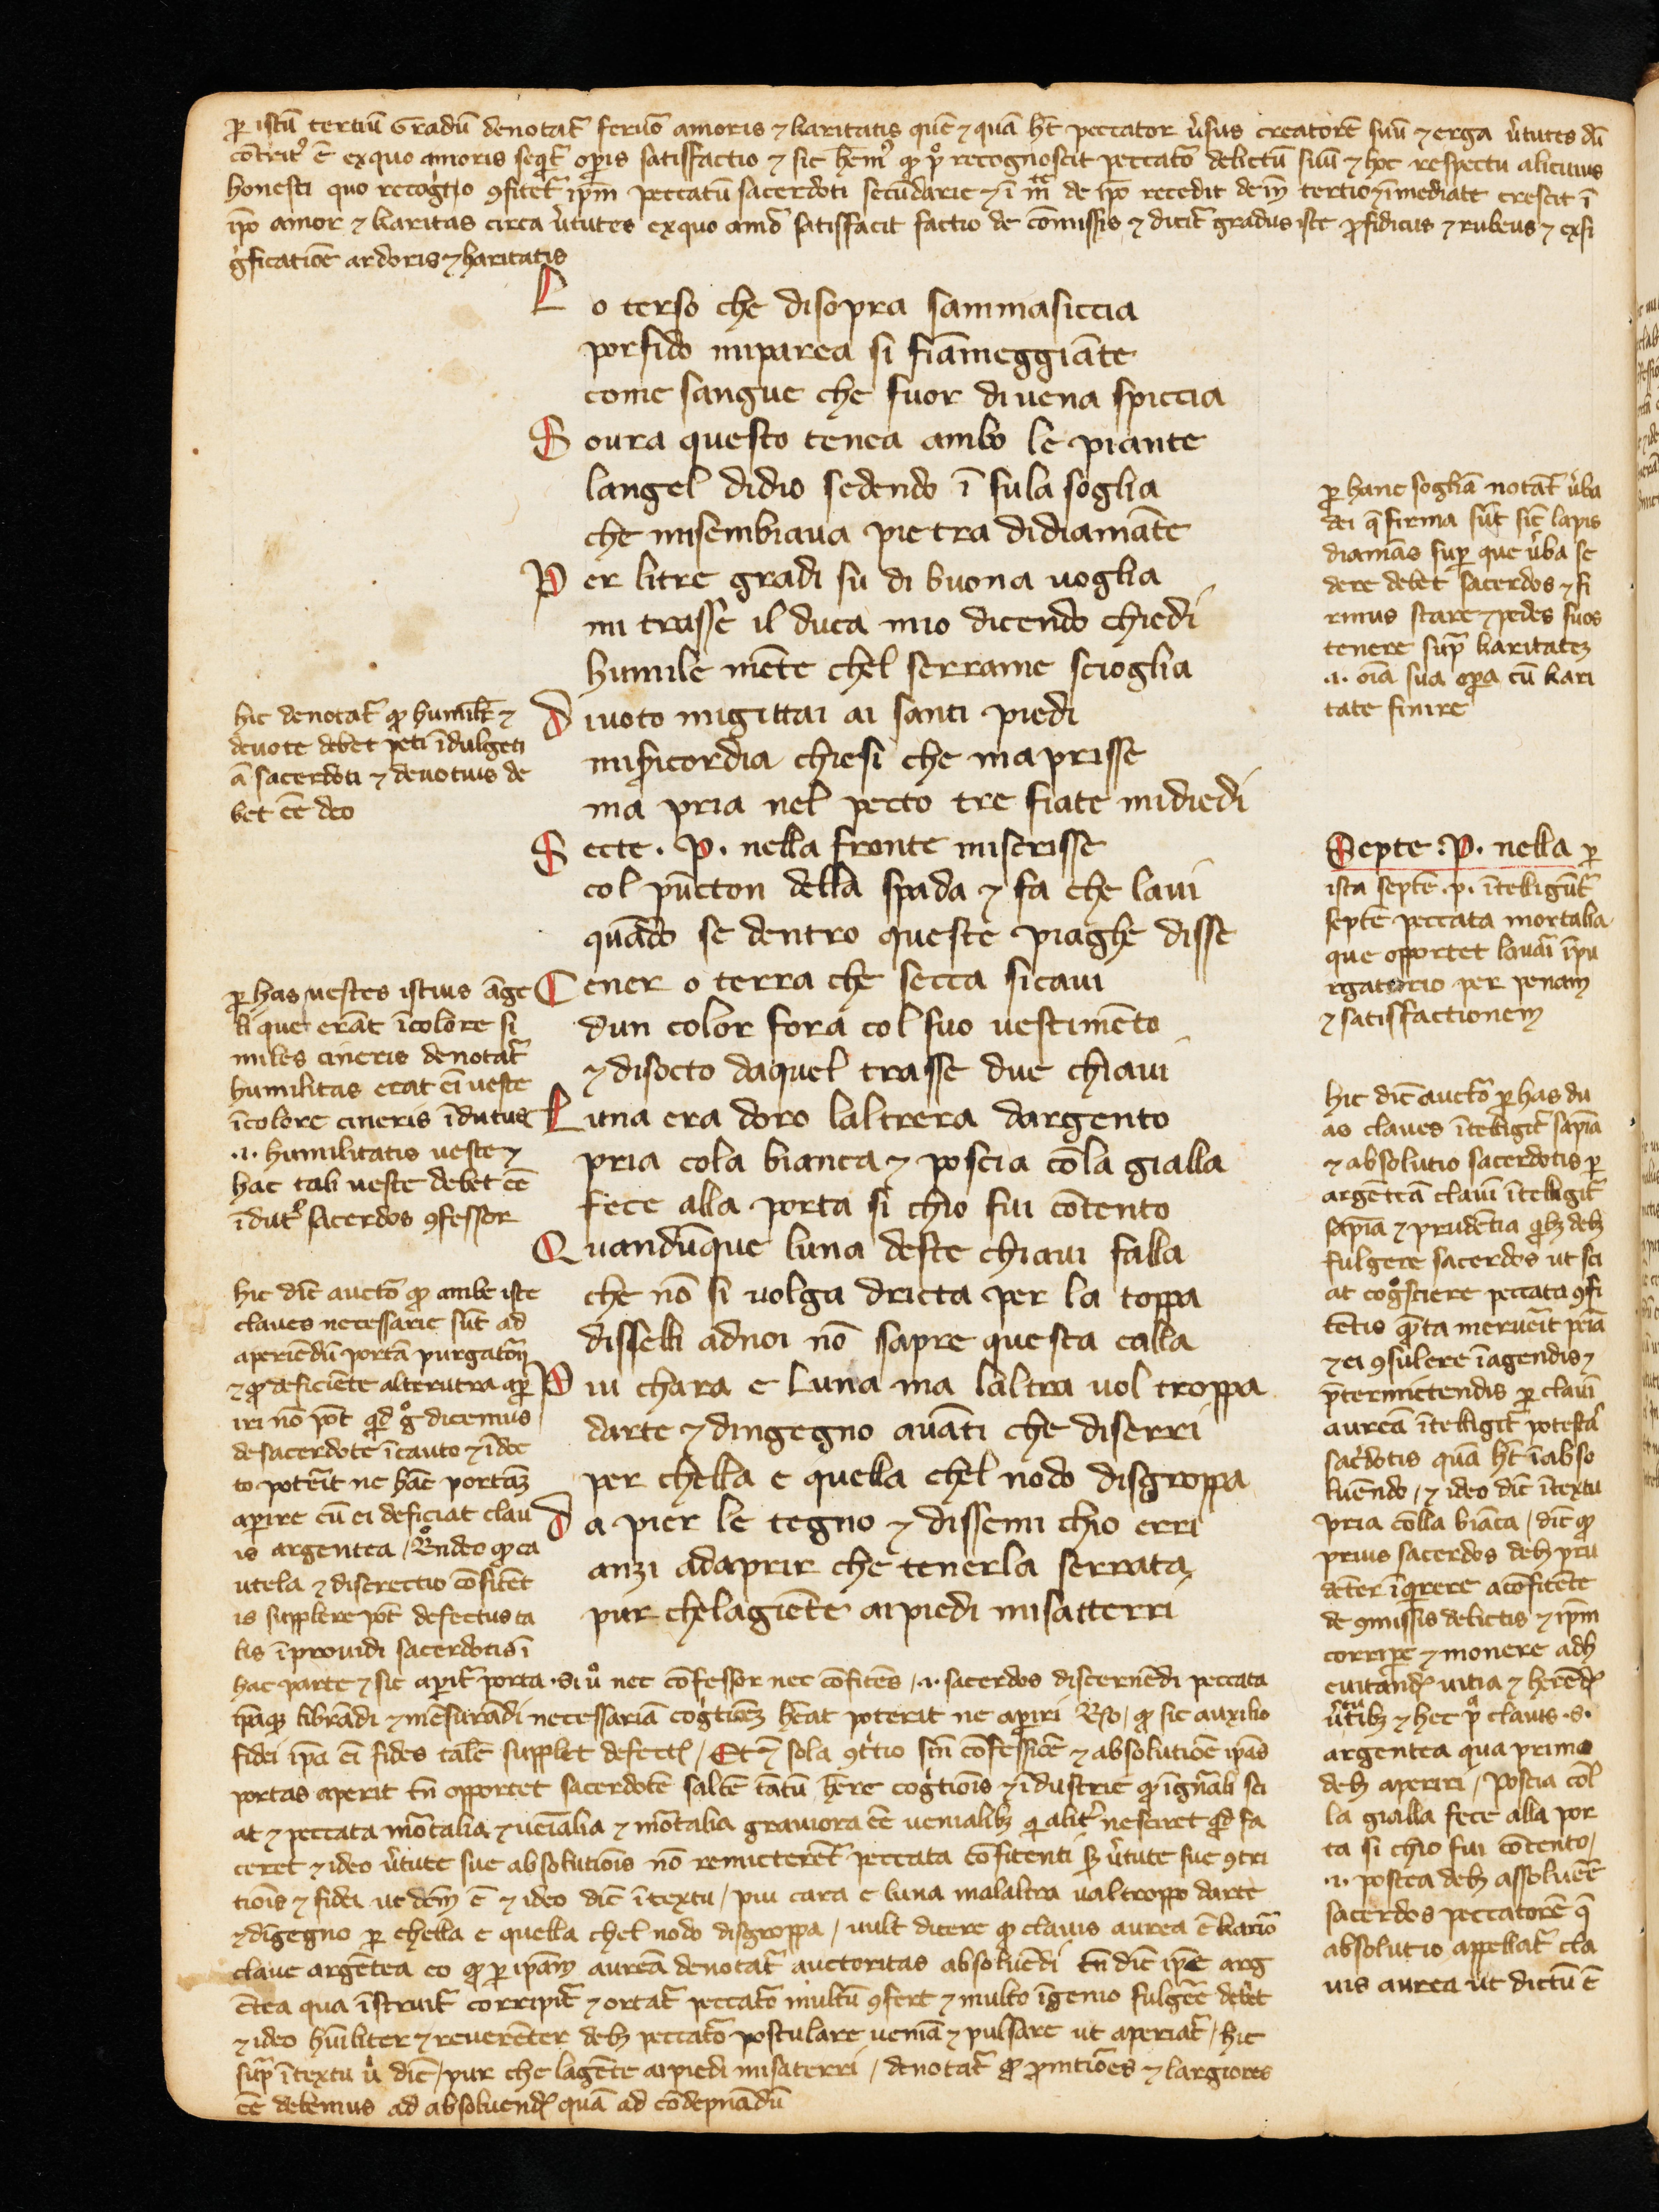
Shelfmark: Cologny-Geneve, Fondation Martin Bodmer, Cod. Bodmer 55
Century: 14